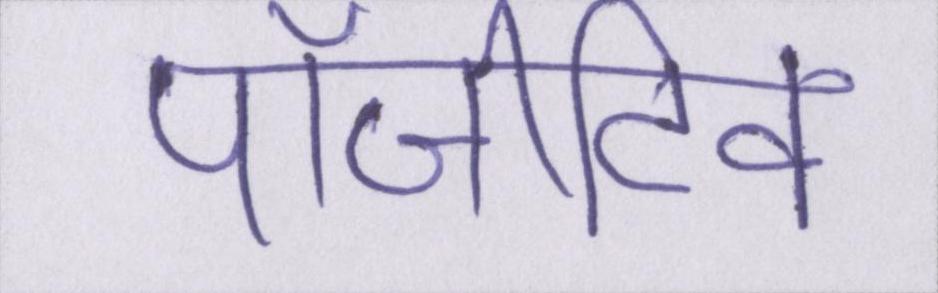
पॉजीटिव